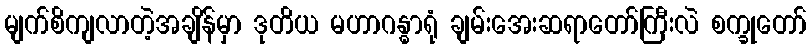
မျက်စိကျလာတဲ့အချိန်မှာ ဒုတိယ မဟာဂန္ဓာရုံ ချမ်းအေးဆရာတော်ကြီးလဲ စက္ခုတော်